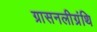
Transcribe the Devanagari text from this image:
ग्रासनलीग्रंथि